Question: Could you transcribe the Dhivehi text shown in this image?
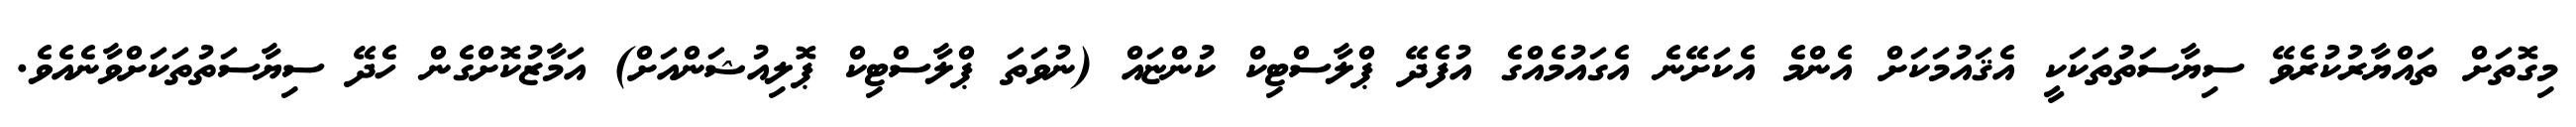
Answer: މިގޮތަށް ތައްޔާރުކުރެވޭ ސިޔާސަތުތަކަކީ އެޤައުމަކަށް އެންމެ އެކަށޭނެ އެގައުމެއްގެ އުފެދޭ ޕްލާސްޓިކް ކުންޏައް (ނުވަތަ ޕްލާސްޓިކް ޕޮލިއުޝަންއަށް) އަމާޒުކޮށްގެން ހެދޭ ސިޔާސަތުތަކަށްވާނެއެވެ.